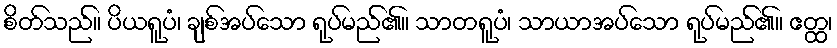
စိတ်သည်။ ပိယရူပံ၊ ချစ်အပ်သော ရုပ်မည်၏။ သာတရူပံ၊ သာယာအပ်သော ရုပ်မည်၏။ ဧတ္ထ၊